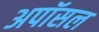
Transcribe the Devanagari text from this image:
अपॉसल